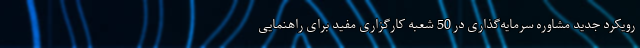
رویکرد جدید مشاوره سرمایه‌گذاری در 50 شعبه کارگزاری مفید برای راهنمایی